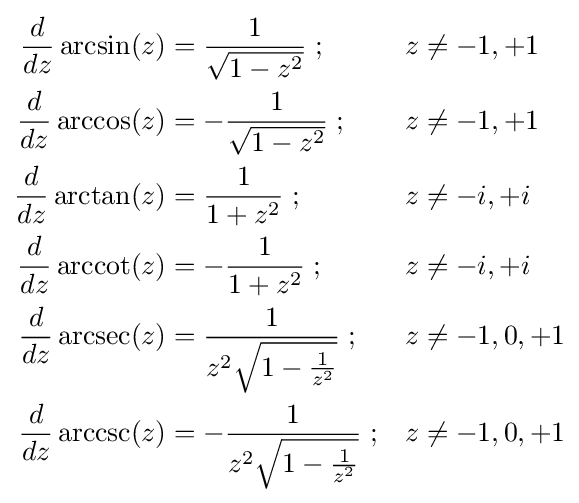
{\begin{aligned}{\frac {d}{dz}}\arcsin(z)&{}={\frac {1}{\sqrt {1-z^{2}}}}\;;&z&{}\neq -1,+1\\{\frac {d}{dz}}\arccos(z)&{}=-{\frac {1}{\sqrt {1-z^{2}}}}\;;&z&{}\neq -1,+1\\{\frac {d}{dz}}\arctan(z)&{}={\frac {1}{1+z^{2}}}\;;&z&{}\neq -i,+i\\{\frac {d}{dz}}\operatorname {arccot} (z)&{}=-{\frac {1}{1+z^{2}}}\;;&z&{}\neq -i,+i\\{\frac {d}{dz}}\operatorname {arcsec} (z)&{}={\frac {1}{z^{2}{\sqrt {1-{\frac {1}{z^{2}}}}}}}\;;&z&{}\neq -1,0,+1\\{\frac {d}{dz}}\operatorname {arccsc} (z)&{}=-{\frac {1}{z^{2}{\sqrt {1-{\frac {1}{z^{2}}}}}}}\;;&z&{}\neq -1,0,+1\end{aligned}}